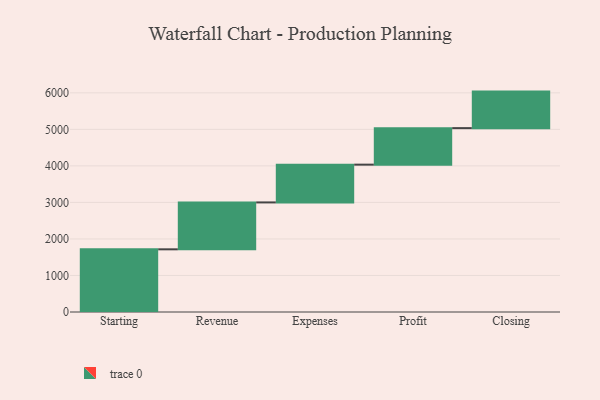
{"axis": {"x": "Step", "y": "Value"}, "legend": [""], "data": [{"x": "Starting", "y": 1716.0, "type": ""}, {"x": "Revenue", "y": 1284.0, "type": ""}, {"x": "Expenses", "y": 1034.0, "type": ""}, {"x": "Profit", "y": 1000, "type": ""}, {"x": "Closing", "y": 1000, "type": ""}]}